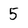
Character: 5